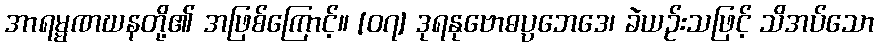
အာရမ္မဏဃနတို့၏ အဖြစ်ကြောင့်။ [၀၇] ဒုရနုဗောဓပ္ပဘေဒေ၊ ခဲယဉ်းသဖြင့် သိအပ်သော